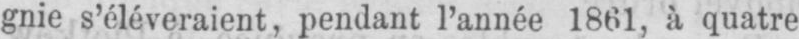
gnie s’éléveraient, pendant l’année 1861, à quatre